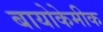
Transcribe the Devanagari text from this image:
बायोकेमीक